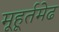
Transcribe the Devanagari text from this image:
मूहूर्तमेढ